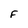
Character: F